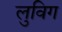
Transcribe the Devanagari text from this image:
लुविग